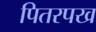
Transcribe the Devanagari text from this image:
पितरपख